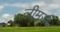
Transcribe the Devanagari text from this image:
लीमर्स